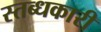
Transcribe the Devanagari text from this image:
स्‍तब्‍धकारी